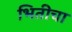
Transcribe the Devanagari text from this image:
भितीचा